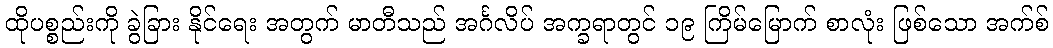
ထိုပစ္စည်းကို ခွဲခြား နိုင်ရေး အတွက် မာတီသည် အင်္ဂလိပ် အက္ခရာတွင် ၁၉ ကြိမ်မြောက် စာလုံး ဖြစ်သော အက်စ်